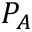
P _ { A }